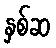
နှစ်ဆ